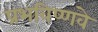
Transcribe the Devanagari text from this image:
प्रभविष्णवे